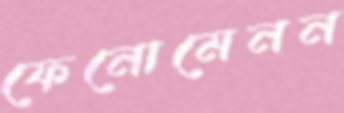
ফেনোমেনন